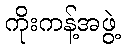
ကိုးကန့်အဖွဲ့